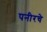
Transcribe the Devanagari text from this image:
पनीरचे